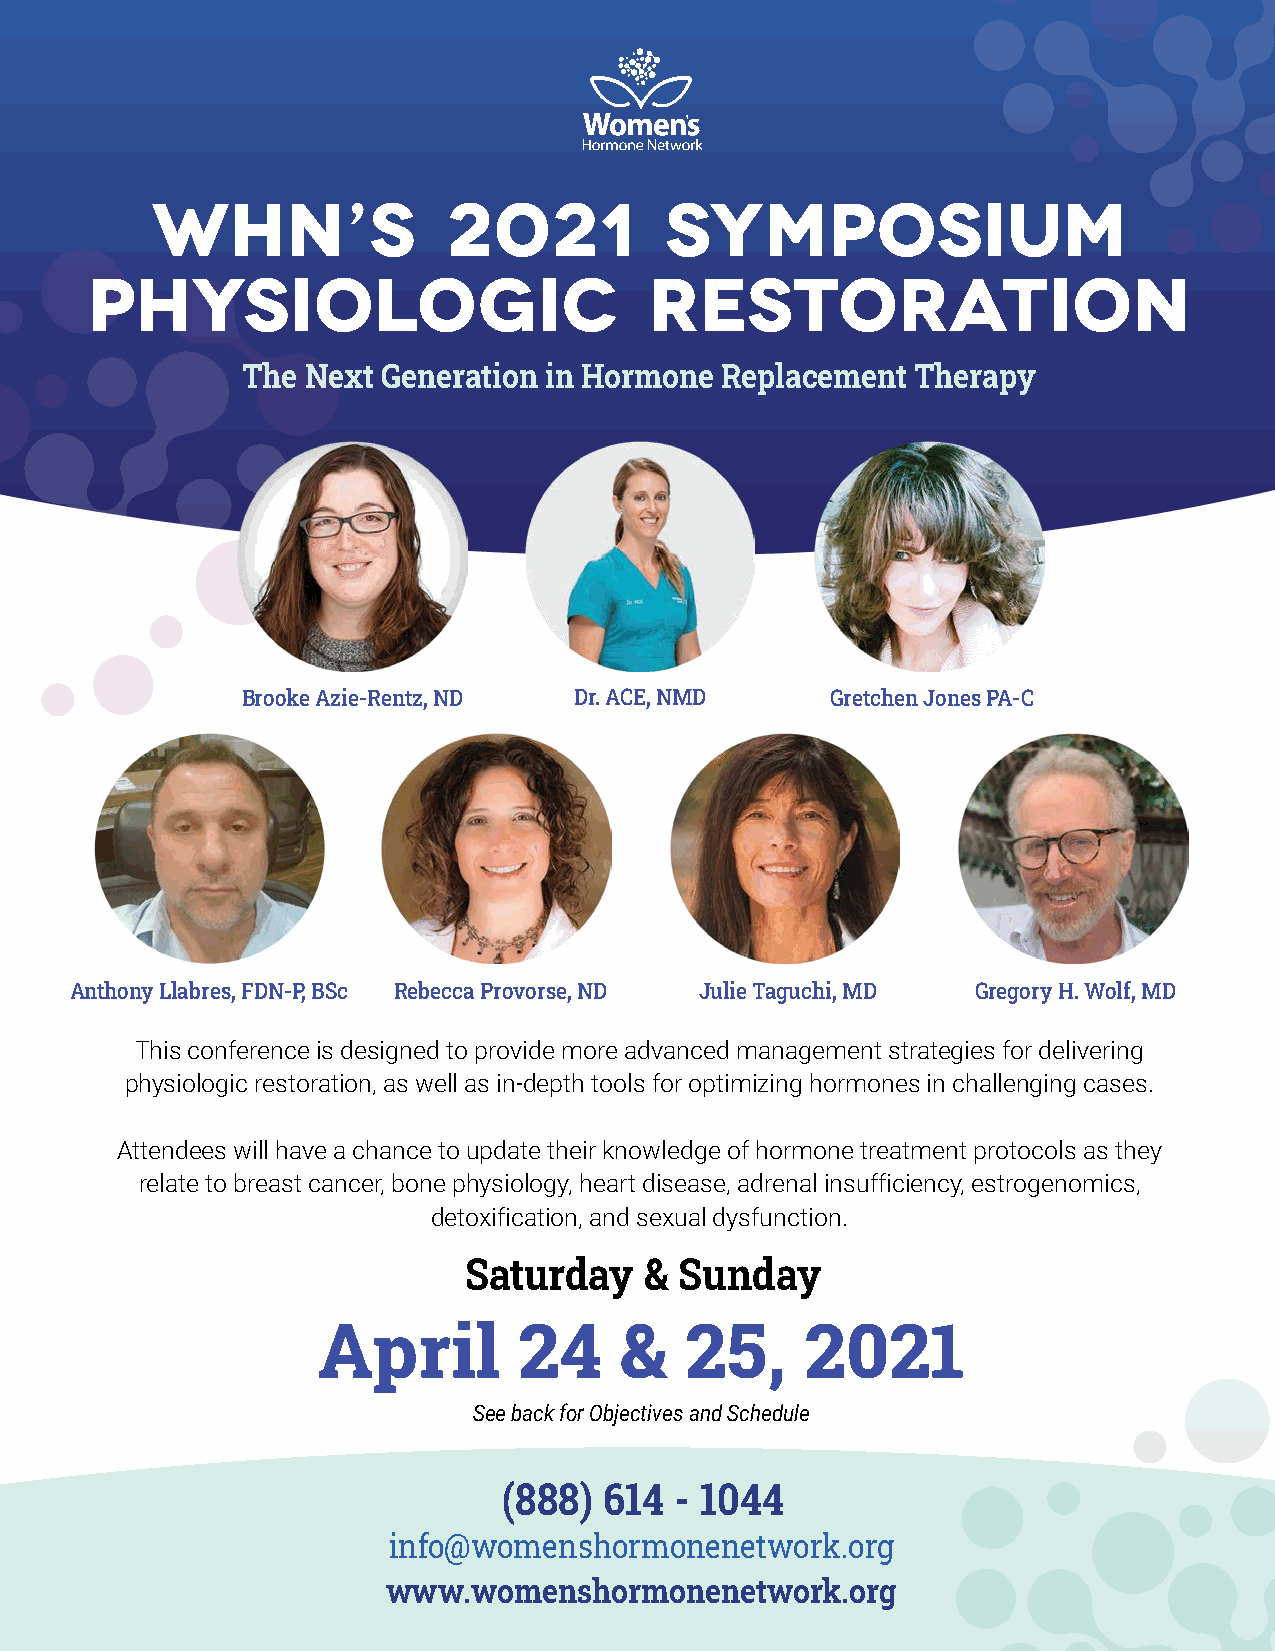
WHN’s              2021           Symposium
 Physiologic                          Restoration
 The Next Generation in Hormone  Replacement  Therapy
 Brooke Azie-Rentz, ND Dr. ACE, NMD     Gretchen Jones PA-C
 Anthony Llabres, FDN-P, BSc Rebecca Provorse, ND Julie Taguchi, MD Gregory H. Wolf, MD
 This conference is designed to provide more advanced management strategies for delivering
 physiologic restoration, as well as in-depth tools for optimizing hormones in challenging cases.
 Attendees will have a chance to update their knowledge of hormone treatment protocols as they
 relate to breast cancer, bone physiology, heart disease, adrenal insufficiency, estrogenomics,
 detoxification, and sexual dysfunction.
 Saturday    & Sunday
 April        24     &   25,     2021
 See back for Objectives and Schedule
 (888)  614  - 1044
 info@womenshormonenetwork.org
 www.womenshormonenetwork.org